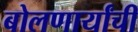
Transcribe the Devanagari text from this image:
बोलणार्यांची